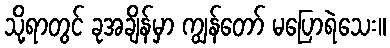
သို့ရာတွင် ခုအချိန်မှာ ကျွန်တော် မပြောရဲသေး။